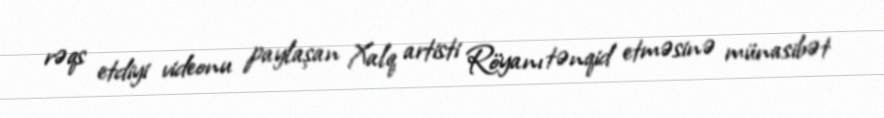
rəqs etdiyi videonu paylaşan Xalq artisti Röyanı tənqid etməsinə münasibət